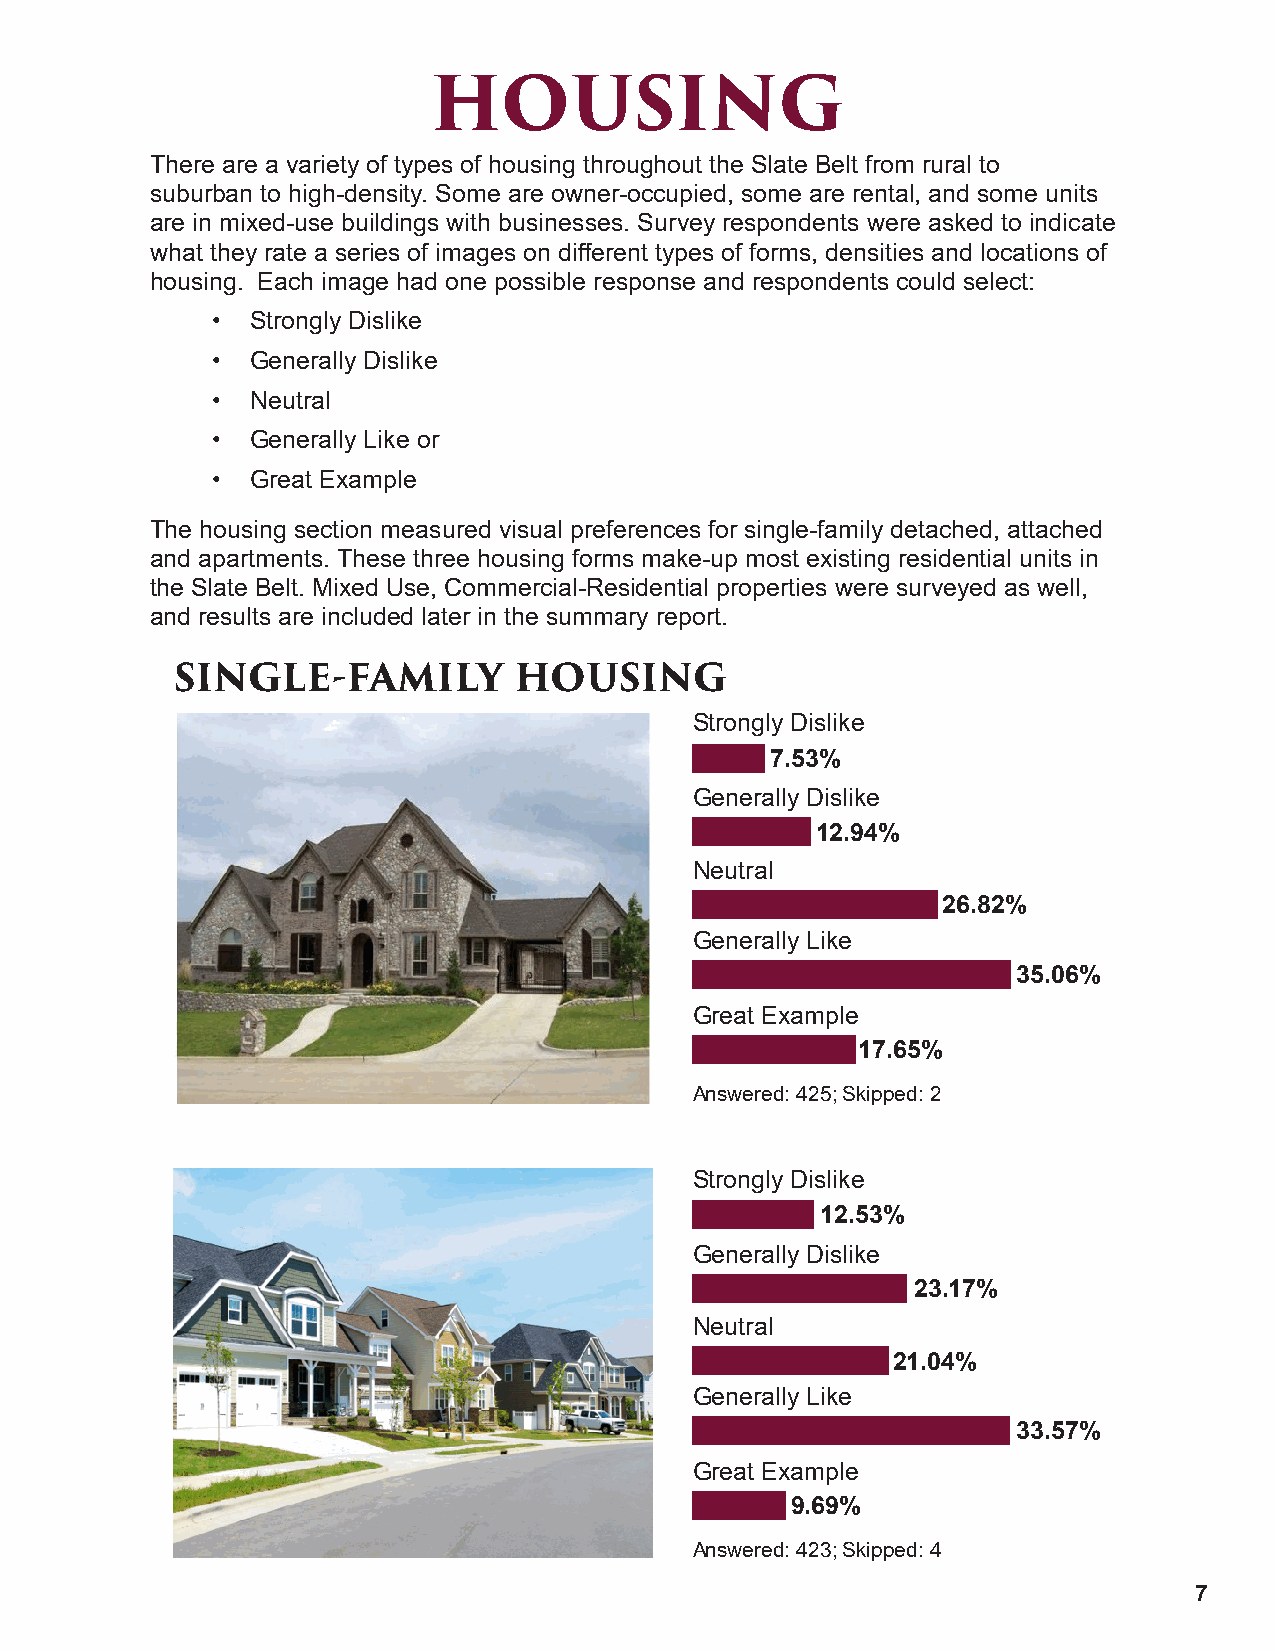
HOUSING
 There are a variety of types of housing throughout the Slate Belt from rural to
 suburban to high-density. Some are owner-occupied, some are rental, and some units
 are in mixed-use buildings with businesses. Survey respondents were asked to indicate
 what they rate a series of images on different types of forms, densities and locations of
 housing. Each image had one possible response and respondents could select:
 •  Strongly Dislike
 •  Generally Dislike
 •  Neutral
 •  Generally Like or
 •  Great Example
 The housing section measured visual preferences for single-family detached, attached
 and apartments. These three housing forms make-up most existing residential units in
 the Slate Belt. Mixed Use, Commercial-Residential properties were surveyed as well,
 and results are included later in the summary report.
 SINGLE-FAMILY         HOUSING
 Strongly Dislike
 7.53%
 Generally Dislike
 12.94%
 Neutral
 26.82%
 Generally Like
 35.06%
 Great Example
 17.65%
 Answered: 425; Skipped: 2
 Strongly Dislike
 12.53%
 Generally Dislike
 23.17%
 Neutral
 21.04%
 Generally Like
 33.57%
 Great Example
 9.69%
 Answered: 423; Skipped: 4
 7